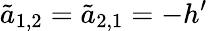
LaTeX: \tilde{a}_{1,2}=\tilde{a}_{2,1}=-h^{\prime}